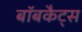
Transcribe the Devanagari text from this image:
बॉबकैट्स